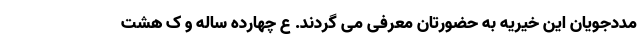
مددجویان این خیریه به حضورتان معرفی می گردند. ع چهارده ساله و ک هشت